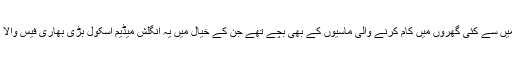
ان میں سے کئی گھروں میں کام کرنے والی ماسیوں کے بھی بچے تھے جن کے خیال میں یہ انگلش میڈیم اسکول بڑی بھاری فیس والا تھا۔